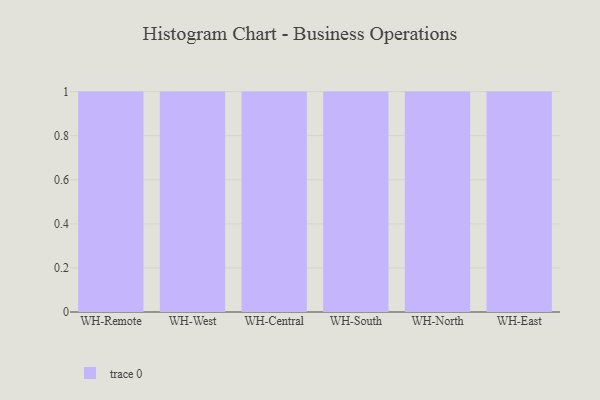
{"axis": {"x": "Warehouse", "y": "Customer Acquisition Cost (USD)"}, "legend": [""], "data": [{"x": "WH-Remote", "y": 20, "type": ""}, {"x": "WH-West", "y": 3, "type": ""}, {"x": "WH-Central", "y": 85, "type": ""}, {"x": "WH-South", "y": 98, "type": ""}, {"x": "WH-North", "y": 34, "type": ""}, {"x": "WH-East", "y": 70, "type": ""}]}